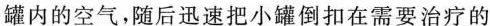
罐内的空气，随后迅速把小罐倒扣在需要治疗的